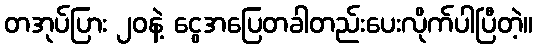
တအုပ်ပြား ၂၀နဲ့ ငွေအပြေတခါတည်းပေးလိုက်ပါပြီတဲ့။